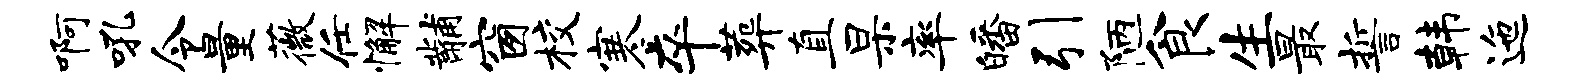
啊吼令量薇任懈黼窗校寒卒葬直杲率皤引陋食生最誓韩迤